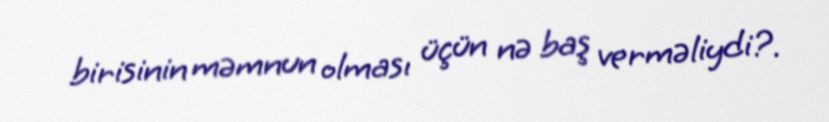
birisinin məmnun olması üçün nə baş verməliydi?.